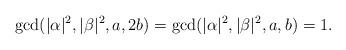
LaTeX: \begin{align*}\gcd( |\alpha|^2, |\beta|^2, a, 2b) = \gcd( |\alpha|^2, |\beta|^2, a , b) = 1.\end{align*}